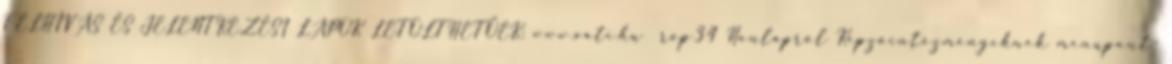
FELHÍVÁS ÉS JELENTKEZÉSI LAPOK LETÖLTHETŐEK: www.vati.hu rop34 Honlapról Képzőintézményeknek menüpont-